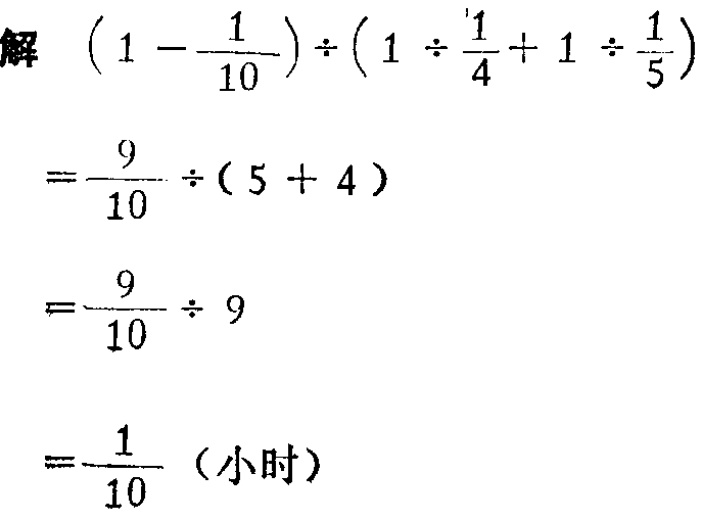
\(

\begin{align*}

&(1 - \frac{1}{10}) \div (1 \div \frac{1}{4} + 1 \div \frac{1}{5})\\

=&\frac{9}{10} \div (5 + 4)\\

=&\frac{9}{10} \div 9\\

=&\frac{1}{10} \text{（小时）}

\end{align*}

\)